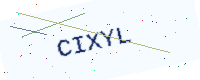
Text: CIXYL